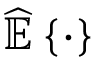
{ \widehat { \mathbb { E } } } \left\{ \cdot \right\}